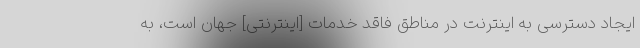
ایجاد دسترسی به اینترنت در مناطق فاقد خدمات [اینترنتی] جهان است، به